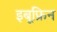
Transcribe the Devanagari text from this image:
इबूफ्रिन